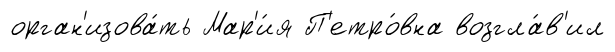
орган'изова́ть Мар'и́я П'етро́вна возгла́в'ил